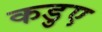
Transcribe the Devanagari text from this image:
कडुए